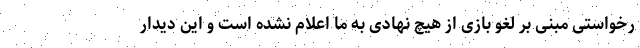
رخواستی مبنی بر لغو بازی از هیچ نهادی به ما اعلام نشده است و این دیدار